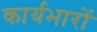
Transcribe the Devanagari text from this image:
कार्यभारों